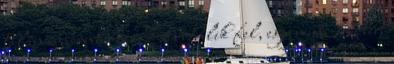
talán emberevő óriás képe rémlik fel, egy mini Robert